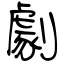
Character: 劇